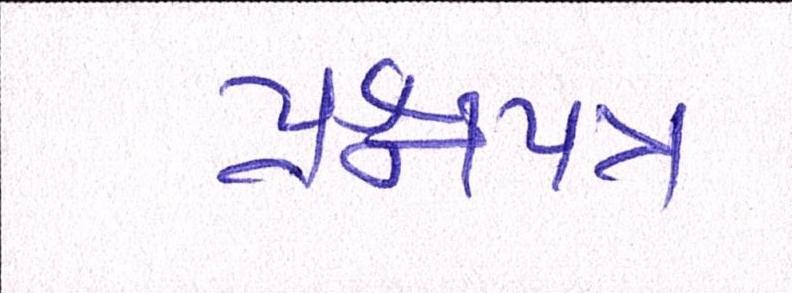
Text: પ્રશ્નપત્ર